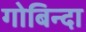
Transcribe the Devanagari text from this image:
गोबिन्दा